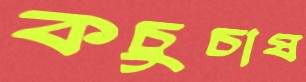
কচুচাষ